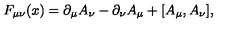
F _ { \mu \nu } ( x ) = \partial _ { \mu } A _ { \nu } - \partial _ { \nu } A _ { \mu } + [ A _ { \mu } , A _ { \nu } ] ,